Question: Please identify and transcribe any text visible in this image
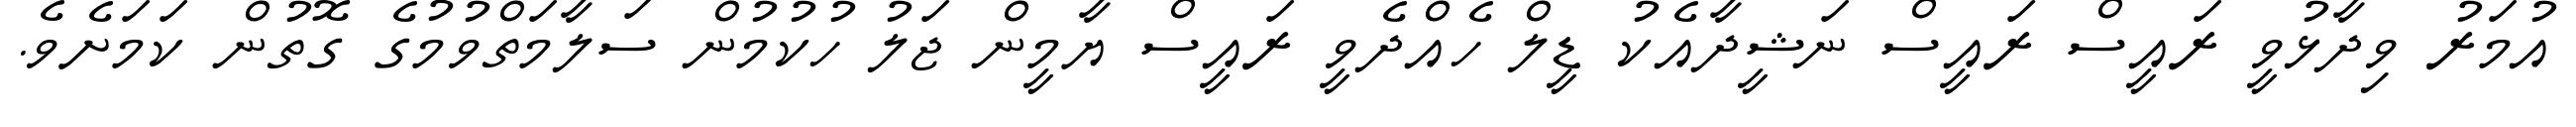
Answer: އުމަރު ވިދާޅުވީ ރައީސް ރައީސް ނަޝީދާއެކު ޑީލް ހެއްދެވީ ރައީސް ޔާމީން ޖަލު ހުކުމުން ސަލާމަތްވުމުގެ ގޮތުން ކަމަށެވެ.